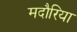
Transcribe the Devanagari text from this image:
मदौरिया